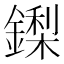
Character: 鏫